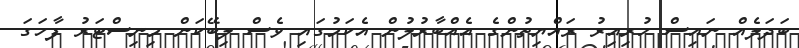
ބަދަލެއް ނައިސް ހުރިއިރު ރައްޔިތުންގެ އެއްބާރުލުން އެކަމުގައި ވެސް ލިބޭކަން މިނިސްޓަރު ފާހަގަ